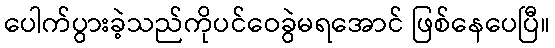
ပေါက်ပွားခဲ့သည်ကိုပင်ဝေခွဲမရအောင် ဖြစ်နေပေပြီ။